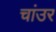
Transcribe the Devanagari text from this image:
चांउर